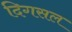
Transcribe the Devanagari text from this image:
दिगसल